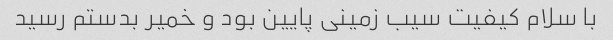
با سلام کیفیت سیب زمینی پایین بود و خمیر بدستم رسید